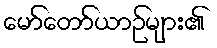
မော်တော်ယာဉ်များ၏